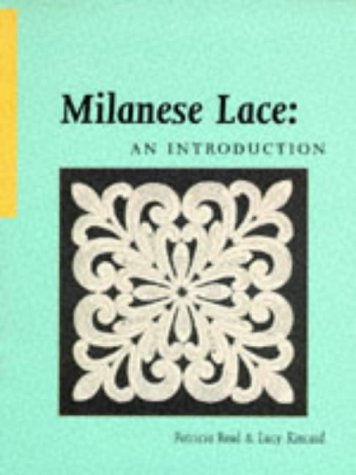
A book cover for Milanese Lace: An Introduction; Patricia Read; Crafts, Hobbies & Home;